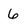
Character: 6